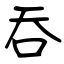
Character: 吞